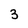
Character: 3